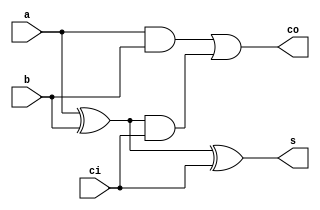
//Identificar sinal
//Wadson Ferreira
//460631 

module S1(output s, output co, input ci,input a, input b);
	wire xora,anda,andb;
	xor X1(xora,a,b);
	and A1(anda,a,b);
	xor X2(s,xora,ci);
	and A2(andb,xora,ci);
	or  O1(co,anda,andb);
endmodule

//sinal[2:0] => [2] sinal de a, [1] sinal de b, [0] sinal de s
module SomaSub(output[2:0] s, output co, output over,output flag,  output[2:0] sinal, input ci, input[2:0] a, input[2:0] b);
	wire co0,co1;
	wire xora, xorb, xorc;
	xor X1(xora,ci,b[0]);
	xor X2(xorb,ci,b[1]);
	xor X3(xorc,ci,b[2]);
	S1 SA(s[0],co0,ci,a[0],xora);
	S1 SB(s[1],co1,co0,a[1],xorb);
	S1 SC(s[2],co,co1,a[2],xorc);
	//verificaao do over
	wire anda, andb, nota, notb, notc;
	not N1(nota, ci);
	not N2(notb, a[2]);
	not N3(notc, b[2]);
	and A1(anda,nota,notb,notc,s[2]);
	and A2(andb,notb,ci,b[2],s[2]);
	or  O1(over,anda,andb);
	//identificao do sinal
	assign sinal[2] = a[2];
	assign sinal[1] = b[2];
	assign sinal[0] = s[2];
	//zero flag
	nor (flag,s[2],s[1],s[0]);
endmodule

module teste;
	wire[2:0] saida, sinal;
	wire over,carry;
	reg[2:0] entradaA, entradaB;
	reg operacao;
	SomaSub S1(saida,carry,over,flag, sinal, operacao,entradaA,entradaB);
	initial begin
		$display("0=Soma 1=Subtracao");
		#1 entradaA=3'b000; entradaB=3'b000; operacao=1'b0;
		//SX = Sinal de X => SA = Sinal de A
		#1 $monitor("A=%3b B=%3b Chave=%b Saida=%3b Carry=%b Over=%b SA=%b SB=%b SS=%b",entradaA,entradaB,operacao,saida,carry,over,sinal[2], sinal[1], sinal[0]);
		#1 entradaA=3'b000; entradaB=3'b010; operacao=1'b0;
		#1 entradaA=3'b011; entradaB=3'b001; operacao=1'b0;
		#1 entradaA=3'b111; entradaB=3'b001; operacao=1'b0;
		#1 entradaA=3'b111; entradaB=3'b111; operacao=1'b0;
		#1 entradaA=3'b000; entradaB=3'b001; operacao=1'b1;
		#1 entradaA=3'b001; entradaB=3'b011; operacao=1'b0;
		#1 entradaA=3'b111; entradaB=3'b111; operacao=1'b1;
		#1 entradaA=3'b011; entradaB=3'b001; operacao=1'b1;
		#1 entradaA=3'b010; entradaB=3'b010; operacao=1'b1;
	end
endmodule